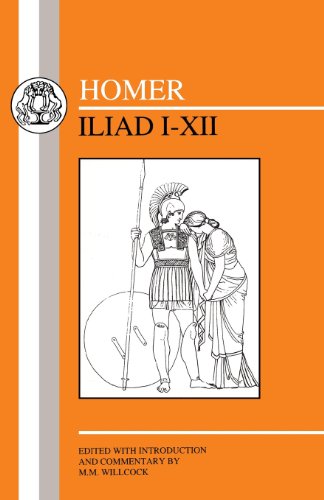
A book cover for Homer: Iliad I-XII (Bks.1-12); Homer; Literature & Fiction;